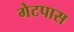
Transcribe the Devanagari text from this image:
गेटपास